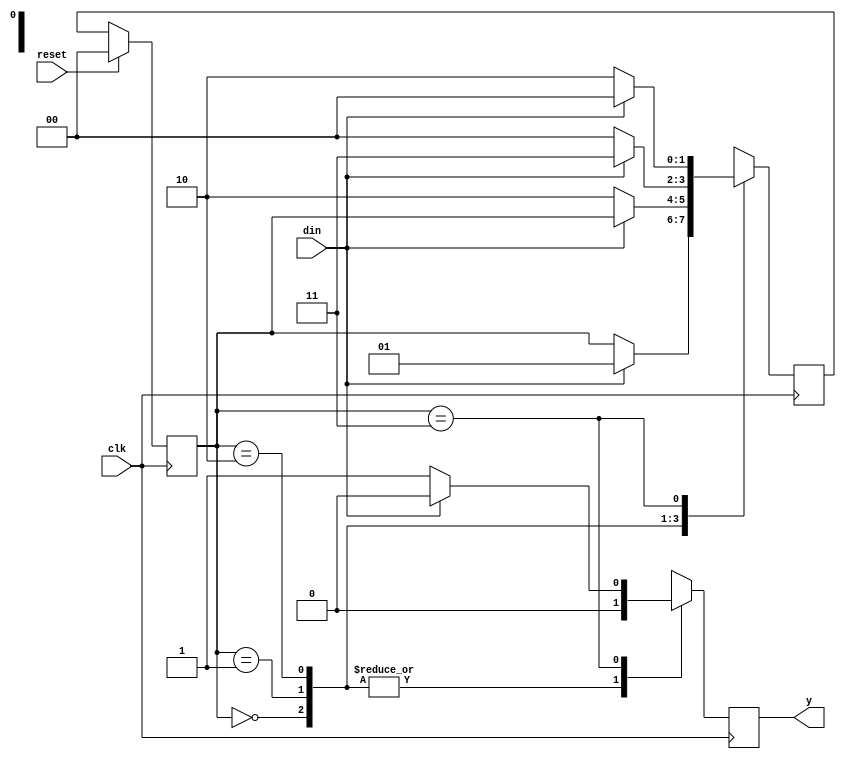
module meallyy (din,reset,clk,y);
  output y;
  reg y;
  input din;
  input clk;
  input reset;
  reg [1:0] ps,ns;
  parameter s0 = 2'b00,
  s1 = 2'b01,s2 = 2'b10,s3 = 2'b11;
  always @(posedge clk )
    begin
      case(ps)
        s0: if (din == 1)
          begin
            ns = s1;
            y=0;
          end 
        else 
           begin
             ns = ps;
              y=0;
           end
        s1: if (din == 0)
          begin
            ns = s2;
            y=0;
          end 
        else 
           begin
             ns = ps;
              y=0;
           end
        s2: if (din == 1)
          begin
            ns = s3;
            y=0;
          end 
        else 
           begin
             ns = s0;
              y=0;
           end
        s3: if (din == 0)
          begin
            ns = s2;
            y=1;
          end 
        else 
           begin
             ns = s0;
              y=0;
           end
        default: ns = s0;
      endcase
    end
  always @(posedge clk)
    begin
      if(reset)
        ps<=s0;
      else
        ps<=ns;
    end
endmodule